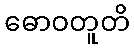
ဓောဝတူတိ